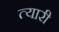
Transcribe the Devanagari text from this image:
त्यारी